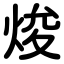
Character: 焌